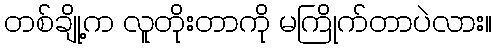
တစ်ချို့က လူတိုးတာကို မကြိုက်တာပဲလား။